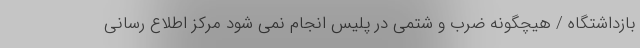
بازداشتگاه / هیچگونه ضرب و شتمی در پلیس انجام نمی شود مرکز اطلاع رسانی